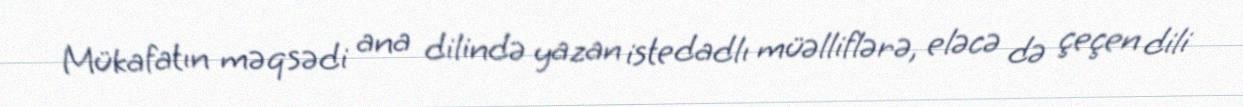
Mükafatın məqsədi ana dilində yazan istedadlı müəlliflərə, eləcə də çeçen dili